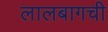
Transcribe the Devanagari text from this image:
लालबागची